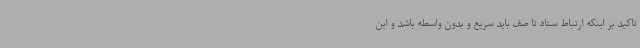
تاکید بر اینکه ارتباط ستاد تا صف باید سریع و بدون واسطه باشد و این